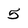
Character: 5